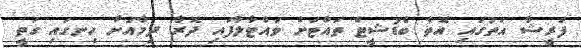
ފަރީޝާ އަތުގައި އޮތް ބެޑުޝީޓް ތައްޓަށް ވައްޓާލާފައި ދޮރާ ދިމާއަށް ހިނގައި ގަތީ